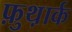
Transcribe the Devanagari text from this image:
फ़ुथ़ार्क